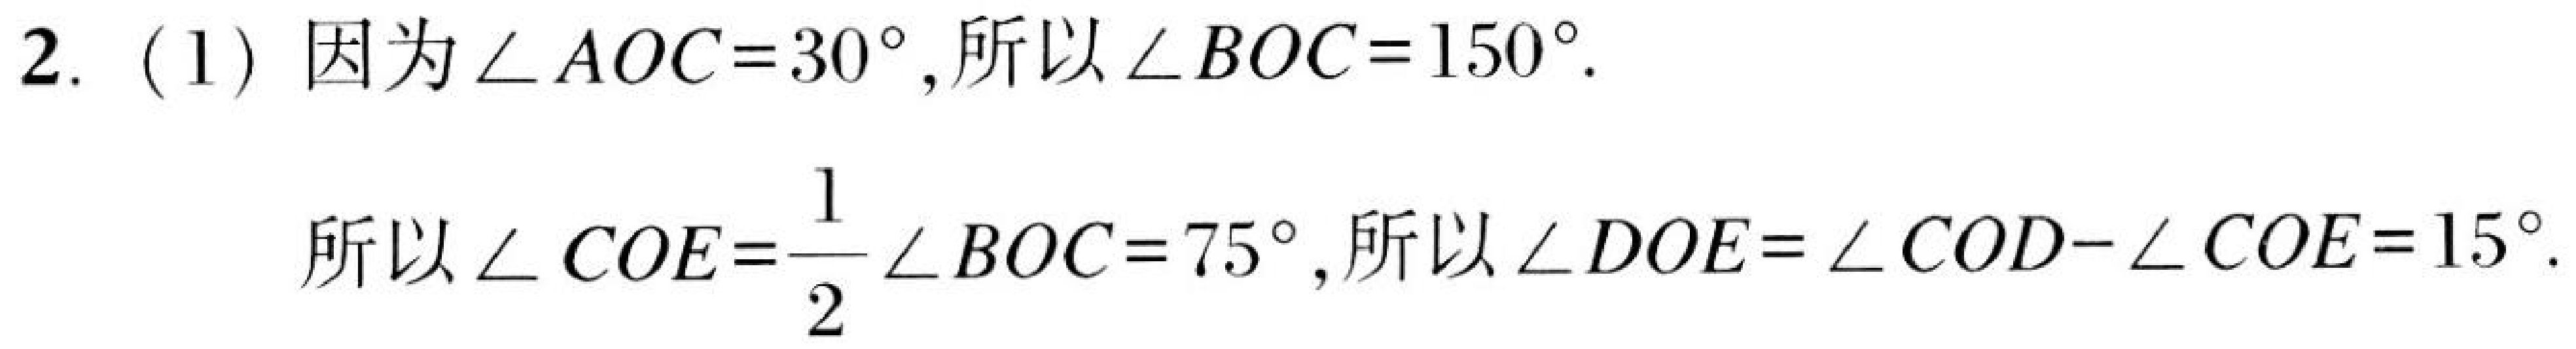
2. (1) 因为 \(\angle AOC = 30^{\circ}\),所以 \(\angle BOC = 150^{\circ}\).
所以 \(\angle COE=\dfrac{1}{2}\angle BOC = 75^{\circ}\),所以 \(\angle DOE=\angle COD - \angle COE = 15^{\circ}\).